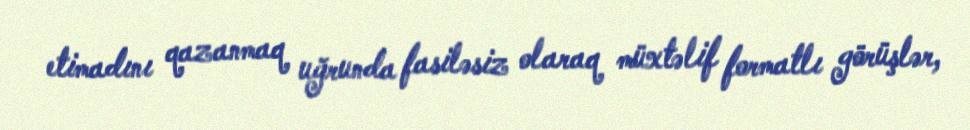
etimadını qazanmaq uğrunda fasiləsiz olaraq müxtəlif formatlı görüşlər,